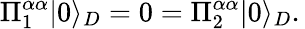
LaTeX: \Pi_{1}^{\alpha\alpha}|0\rangle_{D}=0=\Pi_{2}^{\alpha\alpha}|0\rangle_{D}.\,